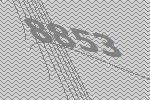
8853